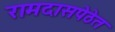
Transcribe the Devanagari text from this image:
रामदासपेठेत